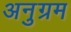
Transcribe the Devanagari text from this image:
अनुग्रम